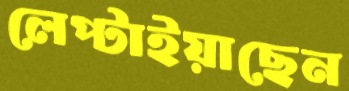
লেপ্‌টাইয়াছেন